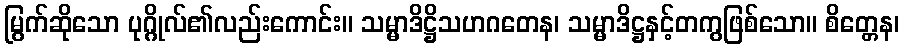
မြွက်ဆိုသော ပုဂ္ဂိုလ်၏လည်းကောင်း။ သမ္မာဒိဋ္ဌိသဟဂတေန၊ သမ္မာဒိဋ္ဌနှင့်တကွဖြစ်သော။ စိတ္တေန၊